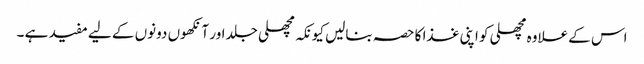
اس کے علاوہ مچھلی کو اپنی غذا کا حصہ بنالیں کیونکہ مچھلی جلد اور آنکھوں دونوں کے لیے مفید ہے ۔